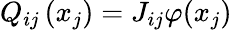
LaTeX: Q_{ij}\left(x_{j}\right)=J_{ij}\varphi(x_{j})